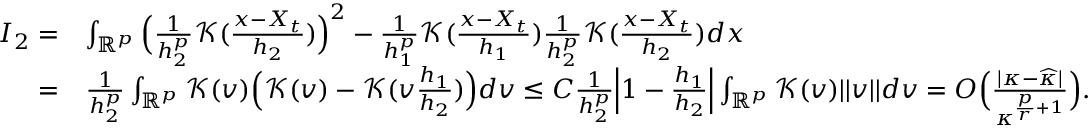
\begin{array} { r l } { I _ { 2 } = } & { \int _ { \mathbb { R } ^ { p } } \Big ( \frac { 1 } { h _ { 2 } ^ { p } } \mathcal { K } ( \frac { x - X _ { t } } { h _ { 2 } } ) \Big ) ^ { 2 } - \frac { 1 } { h _ { 1 } ^ { p } } \mathcal { K } ( \frac { x - X _ { t } } { h _ { 1 } } ) \frac { 1 } { h _ { 2 } ^ { p } } \mathcal { K } ( \frac { x - X _ { t } } { h _ { 2 } } ) d x } \\ { = } & { \frac { 1 } { h _ { 2 } ^ { p } } \int _ { \mathbb { R } ^ { p } } \mathcal { K } ( v ) \Big ( \mathcal { K } ( v ) - \mathcal { K } ( v \frac { h _ { 1 } } { h _ { 2 } } ) \Big ) d v \le C \frac { 1 } { h _ { 2 } ^ { p } } \Big | 1 - \frac { h _ { 1 } } { h _ { 2 } } \Big | \int _ { \mathbb { R } ^ { p } } \mathcal { K } ( v ) \vert \vert v \vert \vert d v = O \Big ( \frac { \vert \kappa - \widehat { \kappa } \vert } { \kappa ^ { \frac { p } { r } + 1 } } \Big ) . } \end{array}